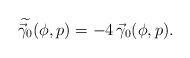
LaTeX: \begin{align*} \widetilde{\vec{\gamma}_0}(\phi,p)=-4\,\vec{\gamma}_0(\phi,p). \end{align*}